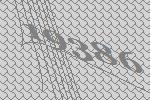
19386